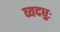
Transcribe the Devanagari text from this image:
व्यदधुः